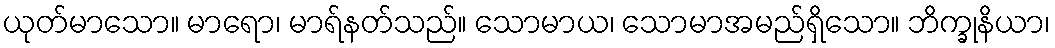
ယုတ်မာသော။ မာရော၊ မာရ်နတ်သည်။ သောမာယ၊ သောမာအမည်ရှိသော။ ဘိက္ခုနိယာ၊